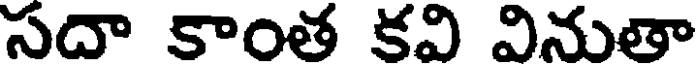
సదా కాంత కవి వినుతా